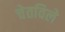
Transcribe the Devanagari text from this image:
चेतविले